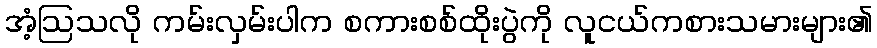
အံ့ဩသလို ကမ်းလှမ်းပါက စကားစစ်ထိုးပွဲကို လူငယ်ကစားသမားများ၏